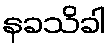
နခသိခါ